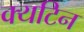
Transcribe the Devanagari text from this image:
क्यटिन